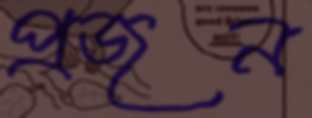
প্রজন